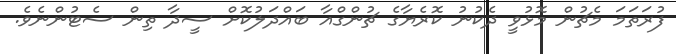
ފުރަތަމަ މެޗުން މޮޅުވީ ދެކުނު ކޮރެޔާގެ ޗުންގްއާ ބައްދަލުކޮށް ސީދާ ތިން ސެޓުންނެވެ.